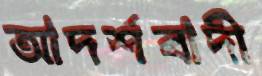
আদর্শবাদী